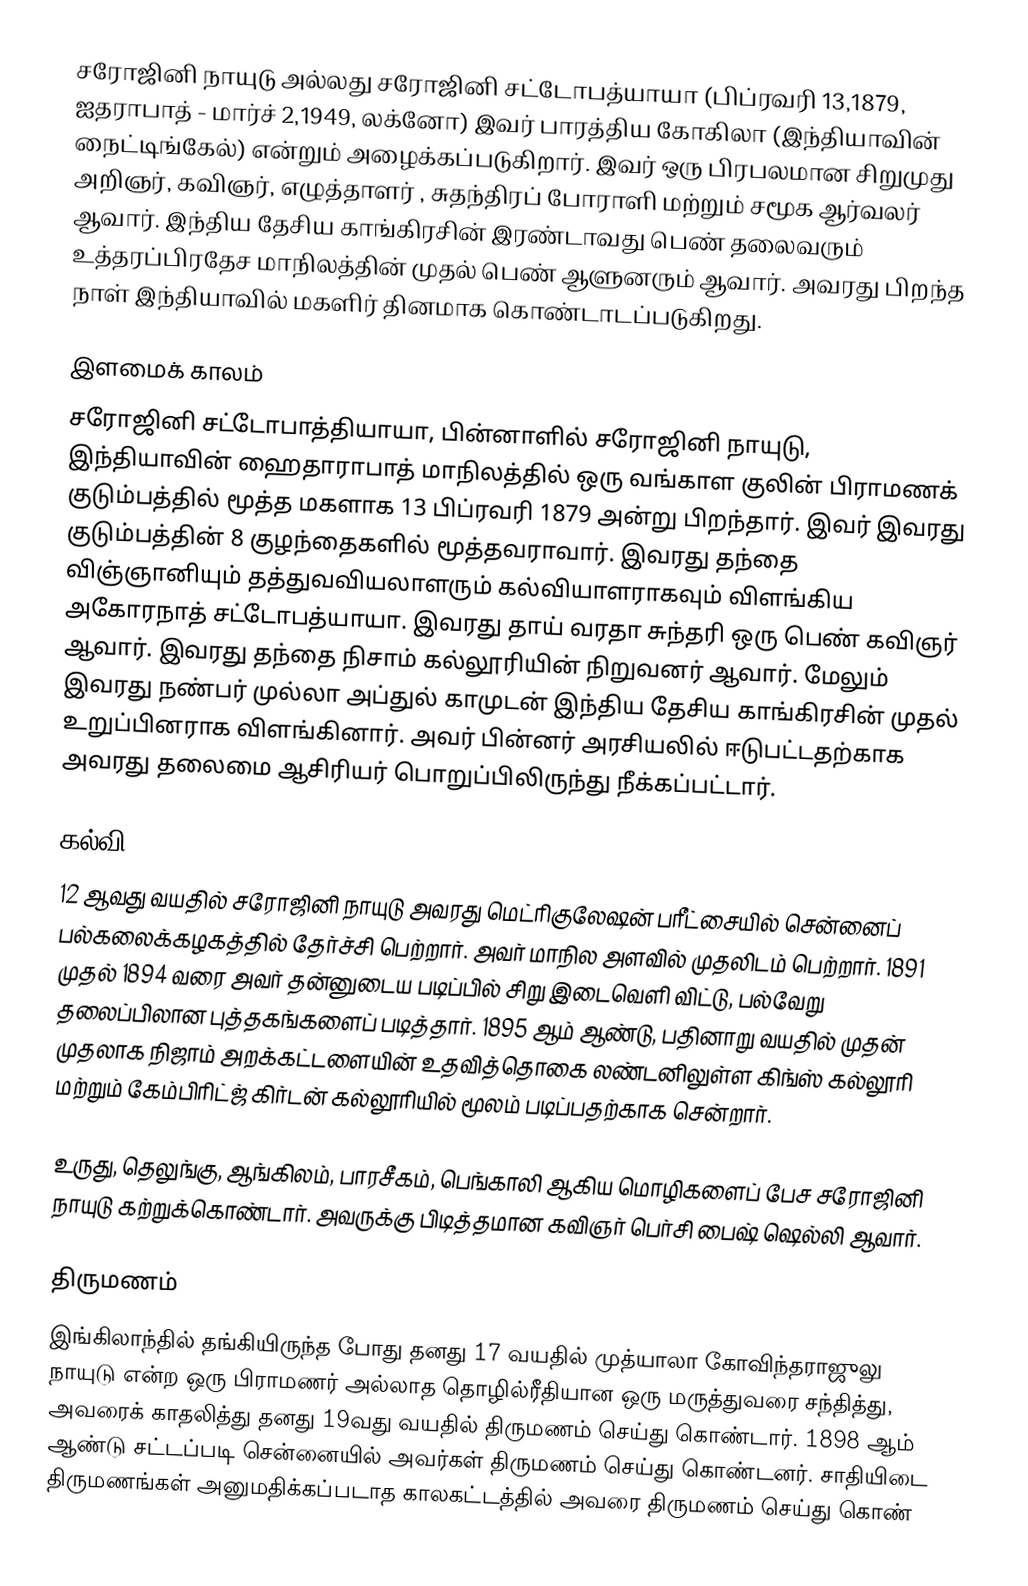
சரோஜினி நாயுடு அல்லது சரோஜினி சட்டோபத்யாயா (பிப்ரவரி 13,1879, ஐதராபாத் - மார்ச் 2,1949, லக்னோ) இவர் பாரத்திய கோகிலா  (இந்தியாவின் நைட்டிங்கேல்) என்றும் அழைக்கப்படுகிறார். இவர் ஒரு பிரபலமான சிறுமுது அறிஞர், கவிஞர், எழுத்தாளர் , சுதந்திரப் போராளி மற்றும் சமூக ஆர்வலர் ஆவார். இந்திய தேசிய காங்கிரசின் இரண்டாவது பெண் தலைவரும் உத்தரப்பிரதேச மாநிலத்தின் முதல் பெண் ஆளுனரும் ஆவார். அவரது பிறந்த நாள் இந்தியாவில் மகளிர் தினமாக கொண்டாடப்படுகிறது.

இளமைக் காலம்
சரோஜினி சட்டோபாத்தியாயா, பின்னாளில் சரோஜினி நாயுடு, இந்தியாவின் ஹைதாராபாத் மாநிலத்தில் ஒரு வங்காள குலின் பிராமணக் குடும்பத்தில் மூத்த மகளாக 13 பிப்ரவரி 1879 அன்று பிறந்தார். இவர் இவரது குடும்பத்தின் 8 குழந்தைகளில் மூத்தவராவார். இவரது தந்தை விஞ்ஞானியும் தத்துவவியலாளரும் கல்வியாளராகவும் விளங்கிய அகோரநாத் சட்டோபத்யாயா. இவரது தாய் வரதா சுந்தரி ஒரு பெண் கவிஞர் ஆவார். இவரது தந்தை நிசாம் கல்லூரியின் நிறுவனர் ஆவார். மேலும் இவரது நண்பர் முல்லா அப்துல் காமுடன் இந்திய தேசிய காங்கிரசின் முதல் உறுப்பினராக விளங்கினார். அவர் பின்னர் அரசியலில் ஈடுபட்டதற்காக அவரது தலைமை ஆசிரியர் பொறுப்பிலிருந்து நீக்கப்பட்டார்.

கல்வி
12 ஆவது வயதில் சரோஜினி நாயுடு அவரது மெட்ரிகுலேஷன் பரீட்சையில் சென்னைப் பல்கலைக்கழகத்தில் தேர்ச்சி பெற்றார். அவர் மாநில அளவில் முதலிடம் பெற்றார். 1891 முதல் 1894 வரை அவர் தன்னுடைய படிப்பில் சிறு இடைவெளி விட்டு, பல்வேறு தலைப்பிலான புத்தகங்களைப் படித்தார். 1895 ஆம் ஆண்டு, பதினாறு வயதில் முதன் முதலாக நிஜாம் அறக்கட்டளையின் உதவித்தொகை லண்டனிலுள்ள கிங்ஸ் கல்லூரி மற்றும் கேம்பிரிட்ஜ் கிர்டன் கல்லூரியில் மூலம் படிப்பதற்காக சென்றார்.

உருது, தெலுங்கு, ஆங்கிலம், பாரசீகம், பெங்காலி ஆகிய மொழிகளைப் பேச சரோஜினி நாயுடு கற்றுக்கொண்டார். அவருக்கு பிடித்தமான கவிஞர் பெர்சி பைஷ் ஷெல்லி ஆவார்.

திருமணம்
இங்கிலாந்தில் தங்கியிருந்த போது தனது 17 வயதில் முத்யாலா கோவிந்தராஜுலு நாயுடு என்ற ஒரு பிராமணர் அல்லாத தொழில்ரீதியான ஒரு மருத்துவரை சந்தித்து, அவரைக் காதலித்து தனது 19வது வயதில் திருமணம் செய்து கொண்டார். 1898 ஆம் ஆண்டு சட்டப்படி சென்னையில் அவர்கள் திருமணம் செய்து கொண்டனர். சாதியிடை திருமணங்கள் அனுமதிக்கப்படாத காலகட்டத்தில் அவரை திருமணம் செய்து கொண்